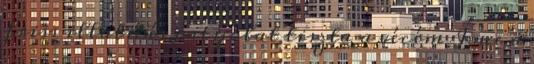
friss illatú és patyolat tiszta a vécém Íme a